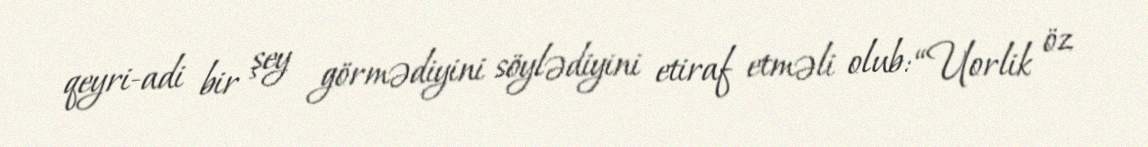
qeyri-adi bir şey görmədiyini söylədiyini etiraf etməli olub: “Uorlik öz